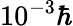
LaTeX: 10^{-3}\hbar